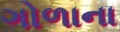
ગોળાના